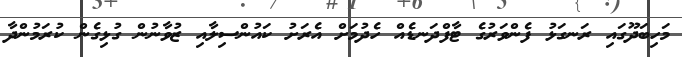
މަހިބަދޫގައި ރަނގަޅު ފެންވަރުގެ ޓާފްދަނޑެއް ހެދުމަށް އެރަށު ކައުންސިލާއި ޒުވާނުން ގުޅިގެން ކުރަމުންދާ